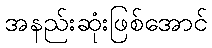
အနည်းဆုံးဖြစ်အောင်